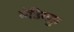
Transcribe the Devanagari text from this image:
मेडिगड्डा